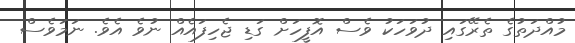
މުއްދަތުގެ ތެރޭގައި ދުވަހަކު ވެސް އޮފީހަށް ގަޑި ޖެހިފައެއް ނުވެ އެވެ. ނަމަވެސް